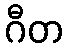
ဂီတ